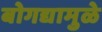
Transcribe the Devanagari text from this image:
बोगद्यामुळे